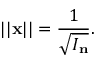
| | \mathbf { x } | | = { \frac { 1 } { \sqrt { I _ { \mathbf { n } } } } } .